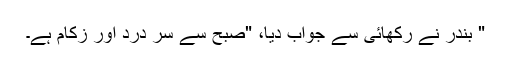
" بندر نے رکھائی سے جواب دیا، "صبح سے سر درد اور زکام ہے۔